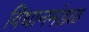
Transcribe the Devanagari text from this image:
विधानमंडळ